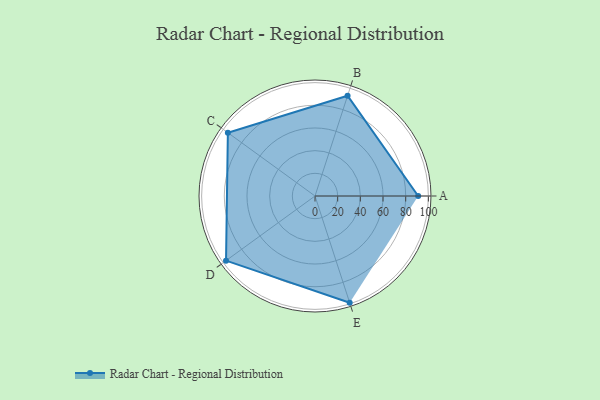
{"axis": {"x": "Skill", "y": "Score"}, "legend": ["Profile"], "data": [{"x": "A", "y": 91.0, "type": "Profile"}, {"x": "B", "y": 93.0, "type": "Profile"}, {"x": "C", "y": 95.0, "type": "Profile"}, {"x": "D", "y": 97.0, "type": "Profile"}, {"x": "E", "y": 99.0, "type": "Profile"}]}